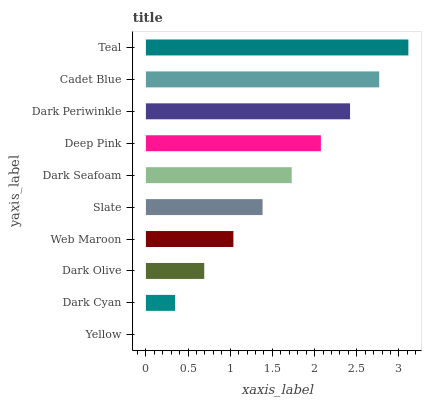
| yaxis_label | bars |
 | --- | --- |
 | Yellow | 0 |
 | Dark Cyan | 0.346 |
 | Dark Olive | 0.692 |
 | Web Maroon | 1.04 |
 | Slate | 1.38 |
 | Dark Seafoam | 1.73 |
 | Deep Pink | 2.07 |
 | Dark Periwinkle | 2.42 |
 | Cadet Blue | 2.77 |
 | Teal | 3.11 |